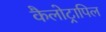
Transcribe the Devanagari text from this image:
कैलोट्रापिल